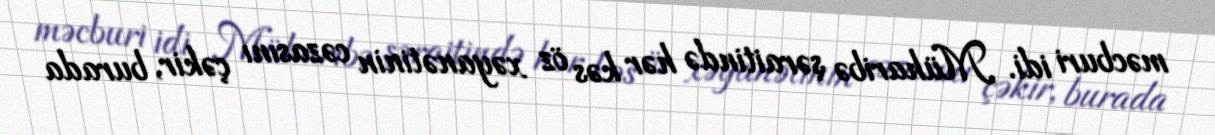
məcburi idi. Müharibə şəraitində hər kəs öz xəyanətinin cəzasını çəkir, burada